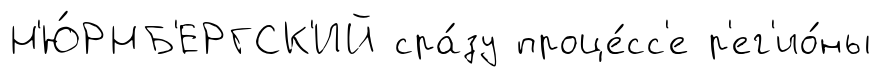
Н'Ю́РНБ'ЕРГСК'ИЙ сра́зу проце́сс'е р'ег'ио́ны